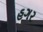
હગર